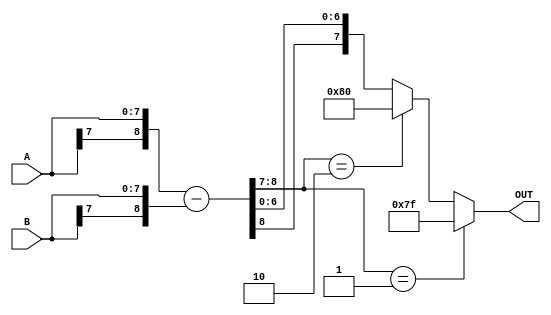
// 
// 
/*
8bit   8'b0_00_00000 __  // 1_2_5
16bit   16'b0_00_0000000000000    //  1_2_13
20bit   20'b0_000000_0000000000000  // 1_6_13
*/

module subtracter8_8_8(
    input     [8-1:0] A,
    input     [8-1:0] B,
    output    [8-1:0] OUT
  );
  wire [8+1-1:0] extA;
  wire [8+1-1:0] extB;
  wire [8+1-1:0] SUB;
  wire [2-1:0] carry;

  assign extA = {A[7],A};
  assign extB = {B[7],B};
  assign SUB = extA - extB;
  assign carry = SUB[8:7];


//  assign OUT = {SUB[8],SUB[6:0]};
  assign OUT = (carry == 2'b01) ? {1'b0,{7{1'b1}}} : (carry == 2'b10) ? {1'b1,{7{1'b0}}} : {SUB[8],SUB[6:0]};
endmodule

module adder16_16_16(
    input     [16-1:0] A,
    input     [16-1:0] B,
    output    [16-1:0] OUT
  );
  wire [16+1-1:0] extA;
  wire [16+1-1:0] extB;
  wire [16+1-1:0] ADD;
  wire [2-1:0] carry;

  assign extA = {A[15],A};
  assign extB = {B[15],B};
  assign ADD = extA + extB;
  assign carry = ADD[16:15];

//  assign OUT = {ADD[16],ADD[14:0]};

  assign OUT = (carry == 2'b01) ? {1'b0,{15{1'b1}}} : (carry == 2'b10) ? {1'b1,{15{1'b0}}} : {ADD[15],ADD[14:0]};

endmodule

module accumulator_16_20(
    input      clk,
    input      reset,
    input      acc_reset,
    input      acc_en,
    input      [15:0] X,
    output reg [19:0] OUT
);
    wire [20:0] extX;
    wire [20:0] extOUT;
    wire [20:0] ADD;
    wire [1:0]  carry;

    assign extX   = {{5{X[15]}}, X};
    assign extOUT = {OUT[19], OUT};
    assign ADD    = extX + extOUT;
    assign carry  = ADD[20:19];

    always @(posedge clk)
    begin
        if(!reset)
        begin
            OUT <= 0;
        end
        else if(!acc_reset)
        begin
            OUT <= 0;
        end
        else if(acc_en)
        begin
            if(carry == 2'b01)
            begin
                OUT <= {1'b0, {19{1'b1}}};
            end
            else if(carry == 2'b10)
            begin
                OUT <= {1'b1, {19{1'b0}}};
            end
            else
            begin
                OUT <= ADD[19:0];
            end

        end
    end
endmodule


module adder_8_12_12(
    input  [7:0] A,
    input  [11:0] B,
    output [11:0] OUT
);
    wire [12:0] extA;
    wire [12:0] extB;
    wire [12:0] ADD;
    wire [1:0]  carry;

    assign extA  = {{5{A[7]}}, A};
    assign extB  = {B[11], B};
    assign ADD   = extA + extB;
    assign carry = ADD[12:11];
    assign OUT = (carry == 2'b01)? {1'b0, {11{1'b1}}} :
                 (carry == 2'b10)? {1'b1, {11{1'b0}}} :
                 ADD[11:0];

endmodule

module multiplier_8_8_8(
    input [7:0] A,
    input [7:0] B,
    output [7:0] OUT
);

    wire [15:0] extA;
    wire [15:0] extB;
    wire [15:0] MUL;

    wire carry_n;

    assign extA = {{8{A[7]}}, A};
    assign extB = {{8{B[7]}}, B};
    assign MUL  = extA * extB;

    assign carry_n = (MUL[15] == MUL[14] && MUL[14] == MUL[13] && MUL[13] == MUL[12]);

    assign OUT  = (MUL[15] == 1 && carry_n == 0) ? {1'b1, {7{1'b0}}} : (MUL[15] == 1 && carry_n == 0) ? {1'b0, {7{1'b1}}}:{MUL[15], MUL[11:10], MUL[9:5]};
endmodule


module multiplier_16_16_16(
	input [16-1:0] A, B,
	output [16-1:0] OUT
	);

  wire [32-1:0] extA;
  wire [32-1:0] extB;
  wire [32-1:0] MUL;

  wire carry_n;

  assign extA = {{16{A[15]}}, A};
  assign extB = {{16{B[15]}}, B};
  assign MUL  = extA * extB;

  assign carry_n = (MUL[31] == MUL[30] && MUL[30] == MUL[29] && MUL[29] == MUL[28]);

  assign OUT  = (MUL[31] == 1 && carry_n == 0) ? {1'b1, {15{1'b0}}} : (MUL[31] == 1 && carry_n == 0) ? {1'b0, {15{1'b1}}}:{MUL[16 * 2 - 1], MUL[27:13]};

endmodule

module multiplier_16_8_16(
	input [16-1:0] A,
  input [8-1:0]B,
	output [16-1:0] OUT
	);
  wire [16-1:0] extA;
  wire [16-1:0] extB;

  assign extA = A;
  assign extB = {B,{8{B[7]}}};

  multiplier_16_16_16 mul(.A(extA), .B(extB), .OUT(OUT));
endmodule

module multiplier_20_16_16(
	input [20-1:0] A,
  input [16-1:0]B,
	output [16-1:0] OUT
	);

  wire [36-1:0] extA;
  wire [36-1:0] extB;
  wire [36-1:0] MUL;
  wire carry_n;
  assign extA = {{16{A[19]}}, A};
  assign extB = {{20{B[15]}}, B};
  assign MUL  = extA * extB;

  assign carry_n = (MUL[35] == MUL[34] && MUL[34] == MUL[33] && MUL[33] == MUL[32] && MUL[32] == MUL[31] && MUL[31] == MUL[30] && MUL[30] == MUL[29] && MUL[29] == MUL[28]);
  assign OUT  = (MUL[35] == 1 && carry_n == 0) ? {1'b1, {15{1'b0}}} : (MUL[35] == 1 && carry_n == 0) ? {1'b0, {15{1'b1}}}:{MUL[36 - 1], MUL[27:13]};

endmodule